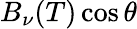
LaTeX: B_{\nu}(T)\cos\theta